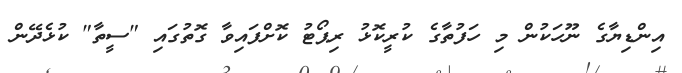
އިންޑިޔާގެ ނޫހަކުން މި ހަފުތާގެ ކުރީކޮޅު ރިޕޯޓު ކޮށްފައިވާ ގޮތުގައި "ސީތާ" ކުޅެދޭން